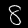
Label: 8